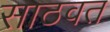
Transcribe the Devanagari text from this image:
साठवत